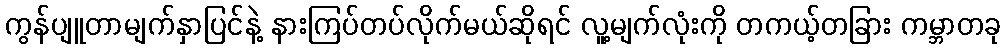
ကွန်ပျူတာမျက်နှာပြင်နဲ့ နားကြပ်တပ်လိုက်မယ်ဆိုရင် လူ့မျက်လုံးကို တကယ့်တခြား ကမ္ဘာတခု